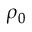
\rho _ { 0 }